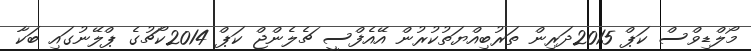
މޯލްޑިވްސް ކަޕް 2015ދަރިން ތަރުބިއްޔަތުކުރުން އޭއެފްސީ ޗެލެންޖް ކަޕް 2014ކޯޗުގެ ޕްލޭނުގައި ބަކާ